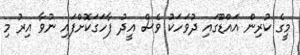
މީގެ ކުރިން އައްޑޫގައި ދުވަހަކު ވެސް އީދު ފާހަގަކޮށްފައި ނުވާ އިރު މި